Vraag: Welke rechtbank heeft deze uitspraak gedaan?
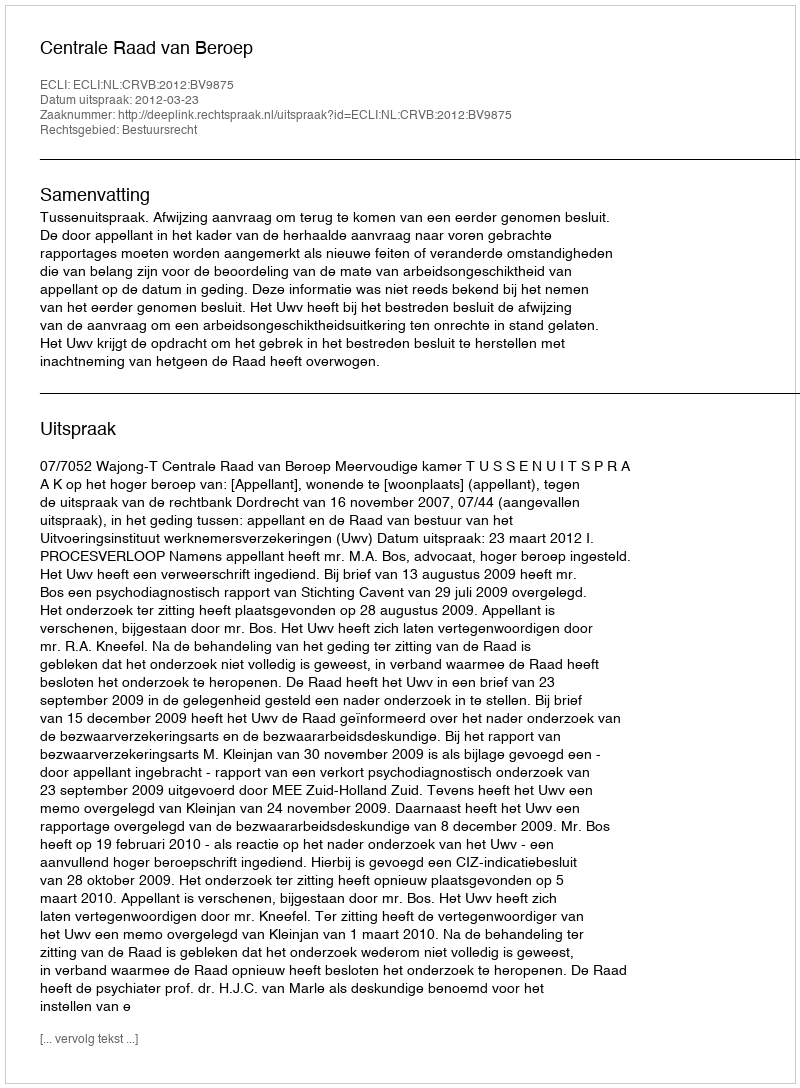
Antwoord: Centrale Raad van Beroep